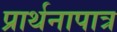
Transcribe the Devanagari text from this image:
प्रार्थनापात्र